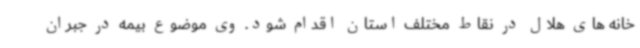
خانه های هلال در نقاط مختلف استان اقدام شود. وی موضوع بیمه در جبران